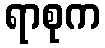
ရာစုက